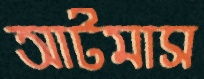
আটমাস